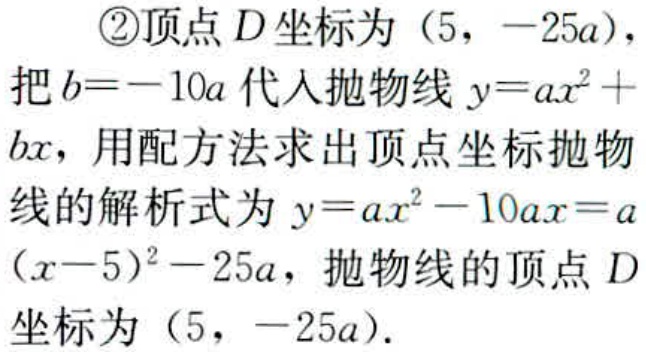
\textcircled{2}顶点\(D\)坐标为\((5, -25a)\)，
把\(b = -10a\)代入抛物线\(y = ax^{2}+bx\)，用配方法求出顶点坐标抛物线的解析式为\(y = ax^{2}-10ax=a(x - 5)^{2}-25a\)，抛物线的顶点\(D\)坐标为\((5, -25a)\)．